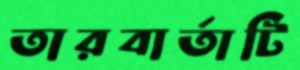
তারবার্তাটি